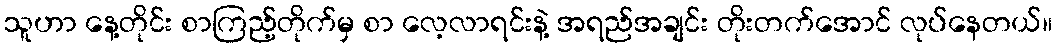
သူဟာ နေ့တိုင်း စာကြည့်တိုက်မှ စာ လေ့လာရင်းနဲ့ အရည်အချင်း တိုးတက်အောင် လုပ်နေတယ်။